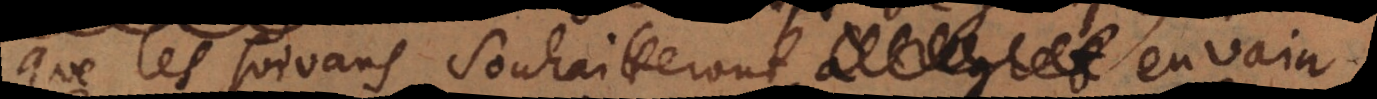
que les suivans souhaitteront en vain.